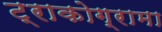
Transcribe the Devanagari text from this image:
ट्राकोग्रामा